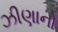
ઝીણાનો